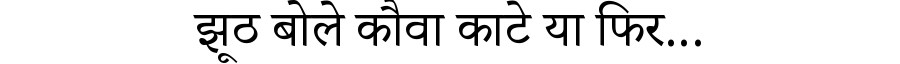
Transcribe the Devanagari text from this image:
झूठ बोले कौवा काटे या फिर...